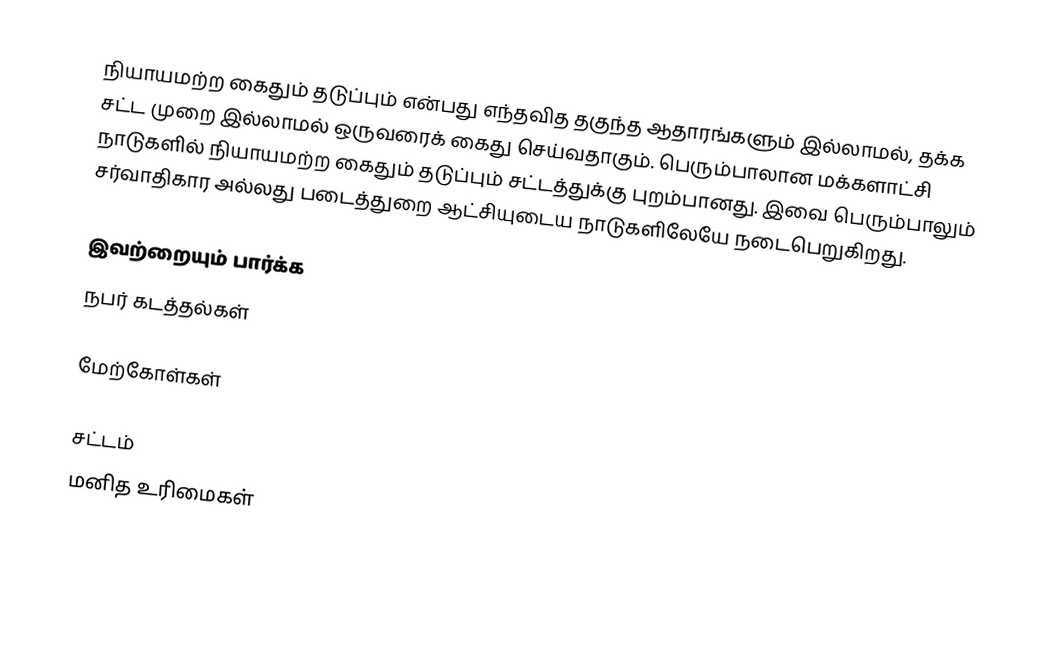
நியாயமற்ற கைதும் தடுப்பும் என்பது எந்தவித தகுந்த ஆதாரங்களும் இல்லாமல், தக்க சட்ட முறை இல்லாமல் ஒருவரைக் கைது செய்வதாகும். பெரும்பாலான மக்களாட்சி நாடுகளில் நியாயமற்ற கைதும் தடுப்பும் சட்டத்துக்கு புறம்பானது. இவை பெரும்பாலும் சர்வாதிகார அல்லது படைத்துறை ஆட்சியுடைய நாடுகளிலேயே நடைபெறுகிறது.

இவற்றையும் பார்க்க
 நபர் கடத்தல்கள்

மேற்கோள்கள்

சட்டம்
மனித உரிமைகள்